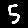
Digit: 5